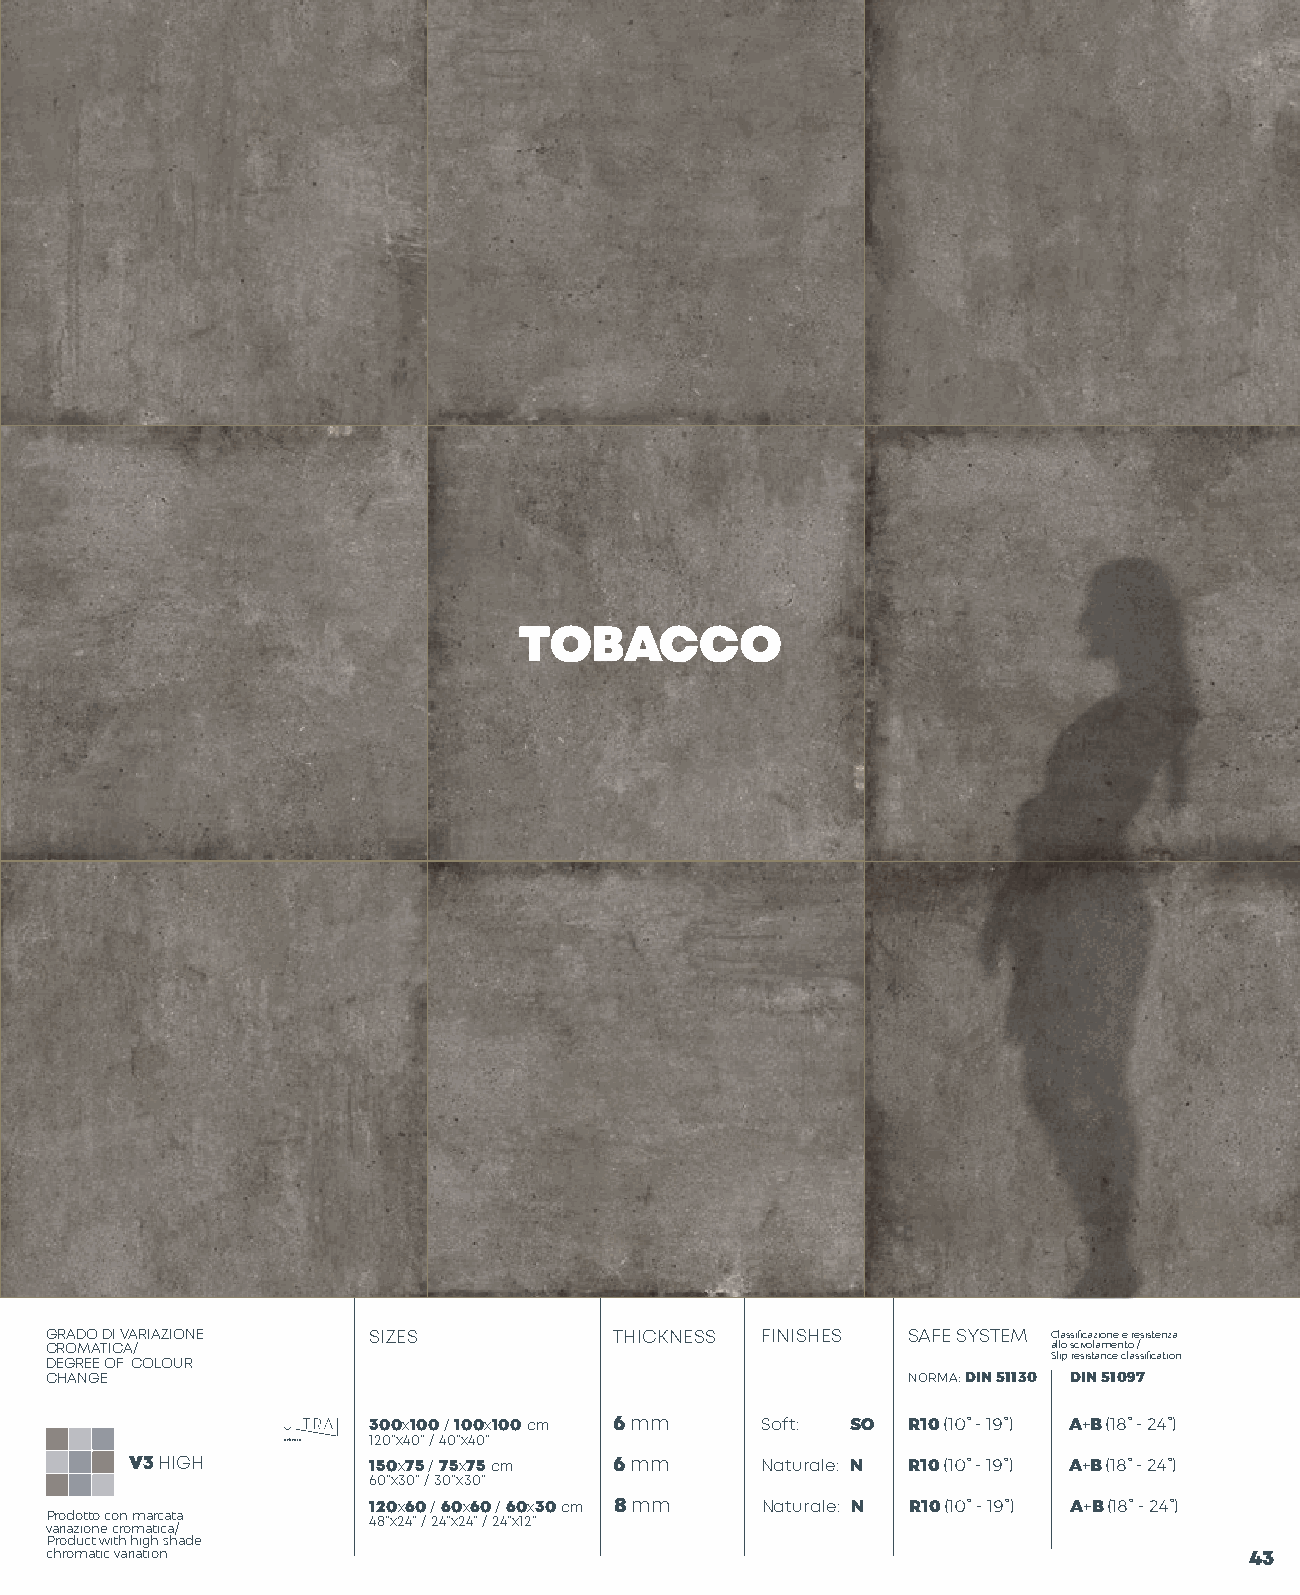
SOFT
 TOBACCO
 BLACK
 GRADO DI VARIAZIONE  SIZES            THICKNESS FINISHES SAFE SYSTEM Classificazione e resistenza
 CROMATICA/                                                         allo scivolamento /
 DEGREE OF COLOUR                                                   Slip resistance classification
 CHANGE                                                   NORMA: DIN 51130 DIN 51097
 300x100 / 100x100 cm 6 mm Soft: SO  R10 (10° - 19°) A+B (18° - 24°)
 120”x40” / 40”x40”
 V3 HIGH        150x75 / 75x75 cm 6 mm    Naturale: N R10 (10° - 19°) A+B (18° - 24°)
 60”x30” / 30”x30”
 120x60 / 60x60 / 60x30 cm 8 mm Naturale: N R10 (10° - 19°) A+B (18° - 24°)
 Prodotto con marcata 48”x24” / 24”x24” / 24”x12”
 variazione cromatica/
 Product with high shade
 chromatic variation                                                             43